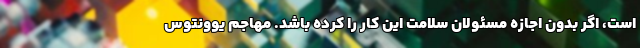
است، اگر بدون اجازه مسئولان سلامت این کار را کرده باشد. مهاجم یوونتوس